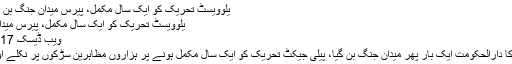
یلوویسٹ تحریک کو ایک سال مکمل، پیرس میدان جنگ بن گیا، گرفتاریاں
یلوویسٹ تحریک کو ایک سال مکمل، پیرس میدان جنگ بن گیا
ویب ڈیسک 17 نومبر 2019
پیرس: فرانس کا دارالحکومت ایک بار پھر میدان جنگ بن گیا، پیلی جیکٹ تحریک کو ایک سال مکمل ہونے پر ہزاروں مظاہرین سڑکوں پر نکلے اور احتجاج کیا۔